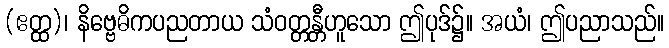
(ဧတ္ထ)၊ နိဗ္ဗေဓိကပညတာယ သံဝတ္တန္တီဟူသော ဤပုဒ်၌။ အယံ၊ ဤပညာသည်။